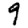
Digit: 9